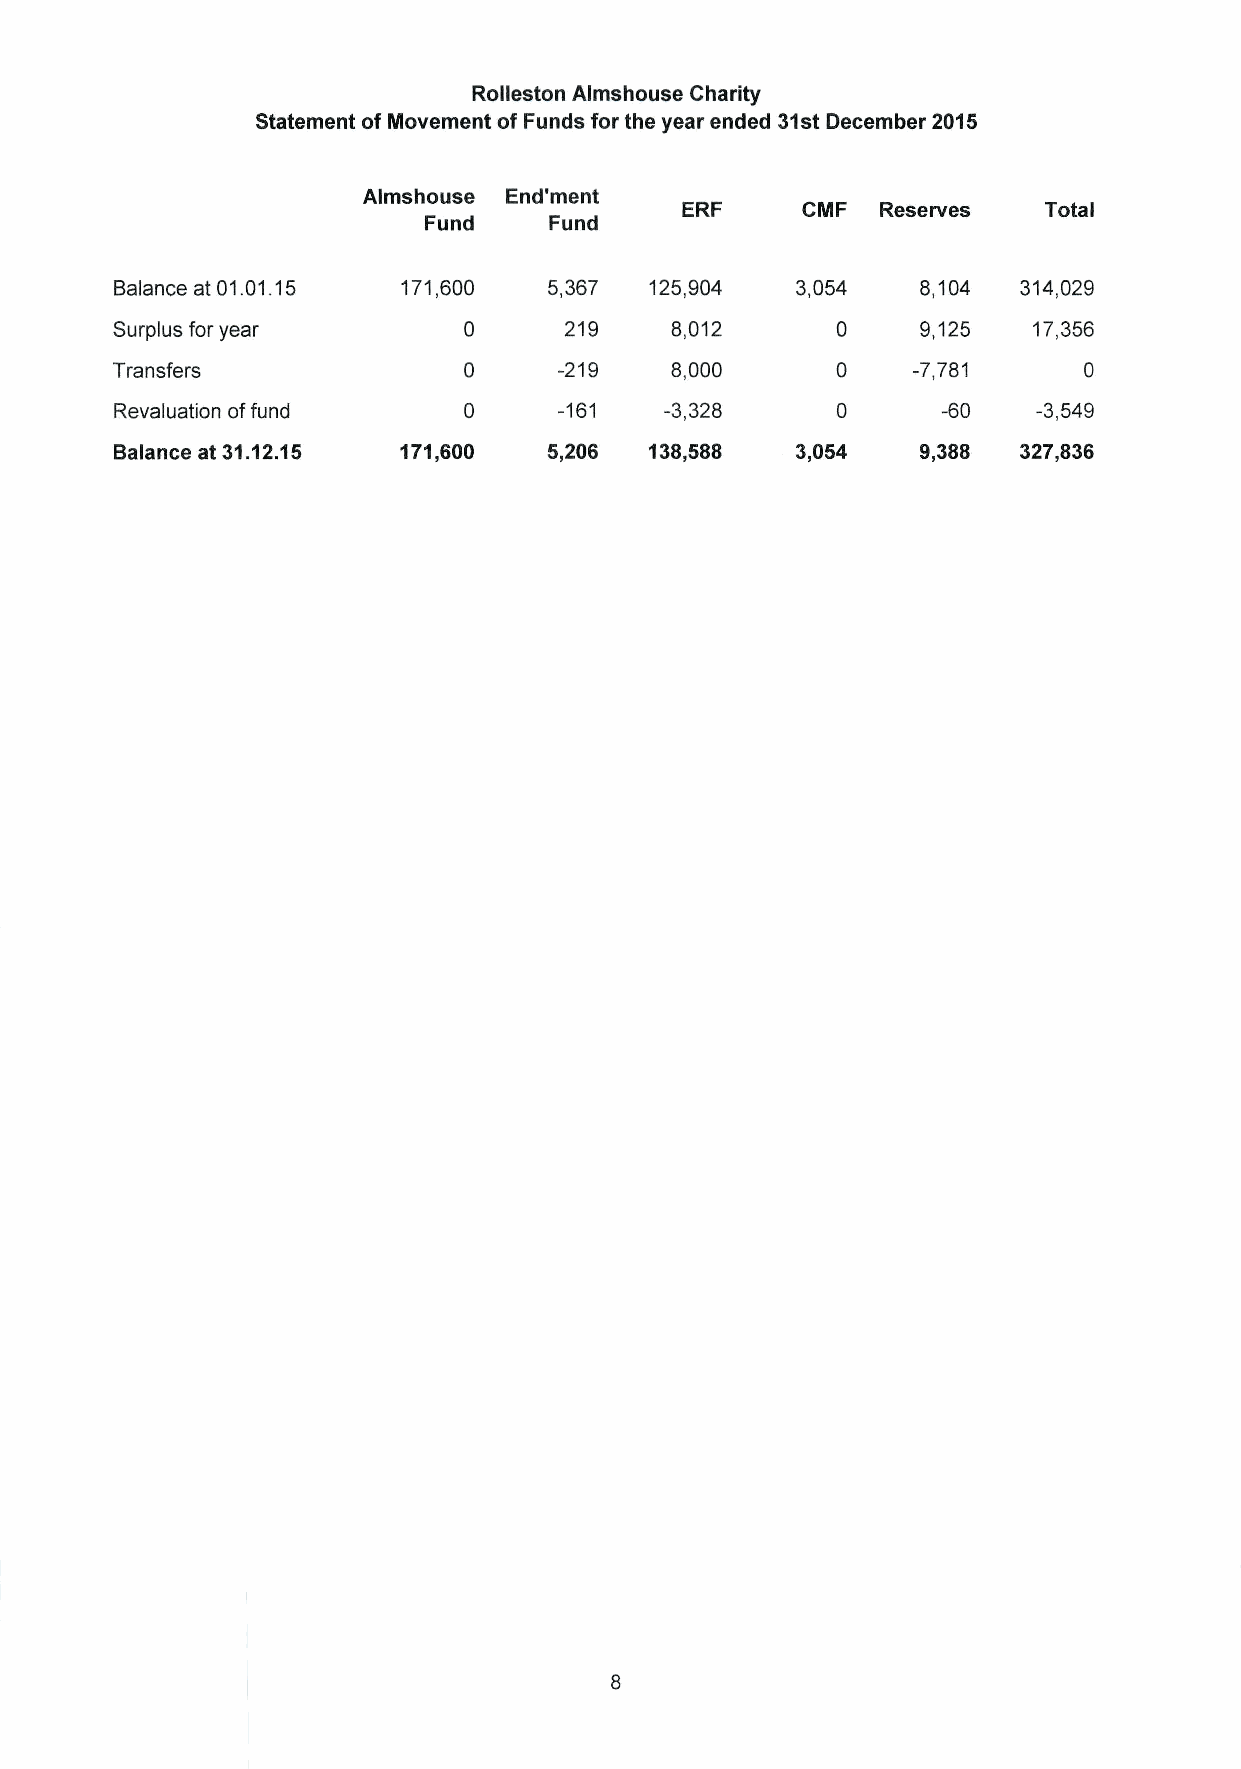
Rolleston Almshouse Charity
 Statement of Movement of Funds for the year ended 31stDecember 2015
 Almshouse End'ment
 ERF     CMF  Reserves   Total
 Fund    Fund
 Balance at 01.01.15 171,600 5,367  125,904   3,054   8,104  314,029
 Surplus for year             219    8,012            9,125  17,356
 Transfers                     -219   8,000           -7,781
 Revaluation offund           -161   -3,328            -60    -3,549
 Balance at 31.12.15 171,600 5,206  138,588   3,054   9,388  327,836